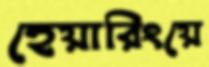
হেয়ারিংয়ে